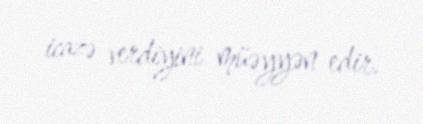
icazə verdiyini müəyyən edir.